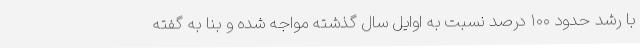
با رشد حدود ۱۰۰ درصد نسبت به اوایل سال گذشته مواجه شده و بنا به گفته